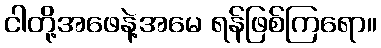
ငါတို့အဖေနဲ့အမေ ရန်ဖြစ်ကြရော။